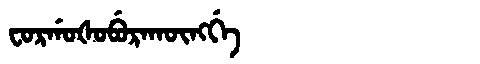
Manchu: ᠸᠣᡵᡤᠣᡧᠣᠪᡠᡵᠠᡴᡡᠩᡤᡝ
Romanization: FORGOŠOBURAKŪNGGE